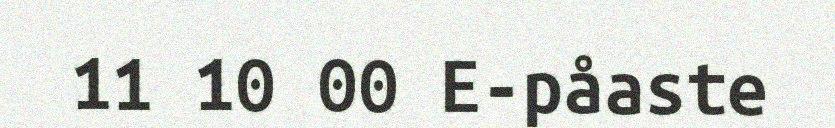
11 10 00 E-påaste